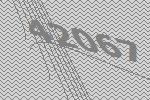
42067